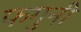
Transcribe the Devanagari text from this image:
फगुनी